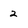
Character: 2